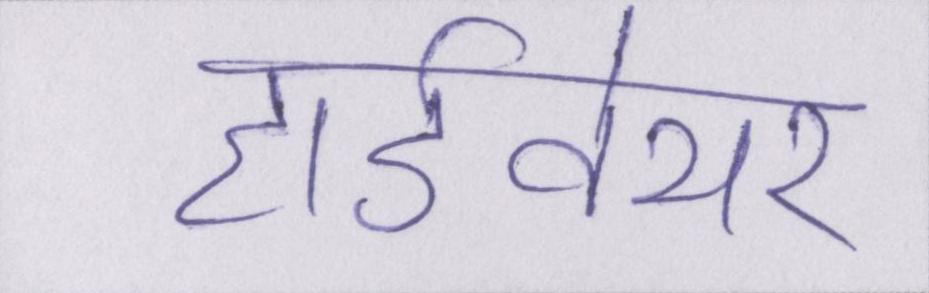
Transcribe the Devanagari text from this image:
हार्डवेयर